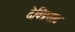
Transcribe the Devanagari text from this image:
देविप्रसाद